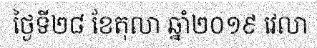
ថ្ងៃទី២៨ ខែតុលា ឆ្នាំ២០១៩ វេលា